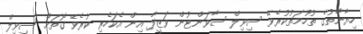
ހިޔާނާތުގެ ތުހުމަތުކުރެވޭ ސިވިލް ސާވަންޓުން ވަޒީފާ އިން އެކަހެރި ކުރެވޭ ގޮތަށް ސިވިލް